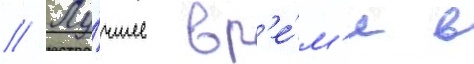
// Лу́чшее вр'е́м'я в